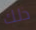
ذلك